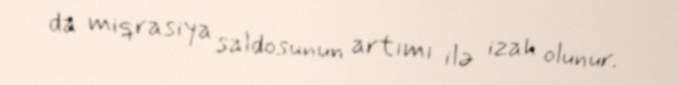
da miqrasiya saldosunun artımı ilə izah olunur.